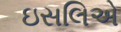
ઇસલિએ